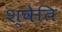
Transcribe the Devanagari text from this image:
श्वेति